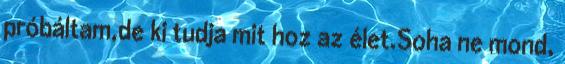
próbáltam,de ki tudja mit hoz az élet.Soha ne mond,